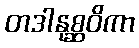
တဒါနုစ္ဆဝိကာ